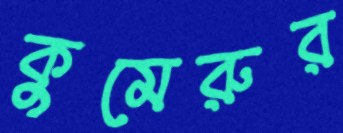
কুমেরুর